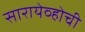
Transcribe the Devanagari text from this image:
सारायेव्होची